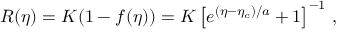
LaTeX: R ( \eta ) = K ( 1 - f ( \eta ) ) = K \left[ e ^ { ( \eta - \eta _ { c } ) / a } + 1 \right] ^ { - 1 } \, ,